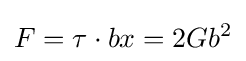
F=\tau \cdot bx=2Gb^{2}